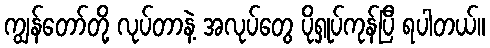
ကျွန်တော်တို့ လုပ်တာနဲ့ အလုပ်တွေ ပိုရှုပ်ကုန်ပြီ ရပါတယ်။